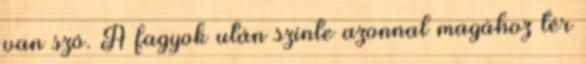
van szó. A fagyok után szinte azonnal magához tér